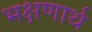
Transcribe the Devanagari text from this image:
भक्षणार्थ